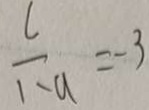
\frac { l } { 1 - a } = - 3